Annual report of the Punjab Veterinary College and of the Civil Veterinary Department, Punjab - 1926-1932
Year: 1926
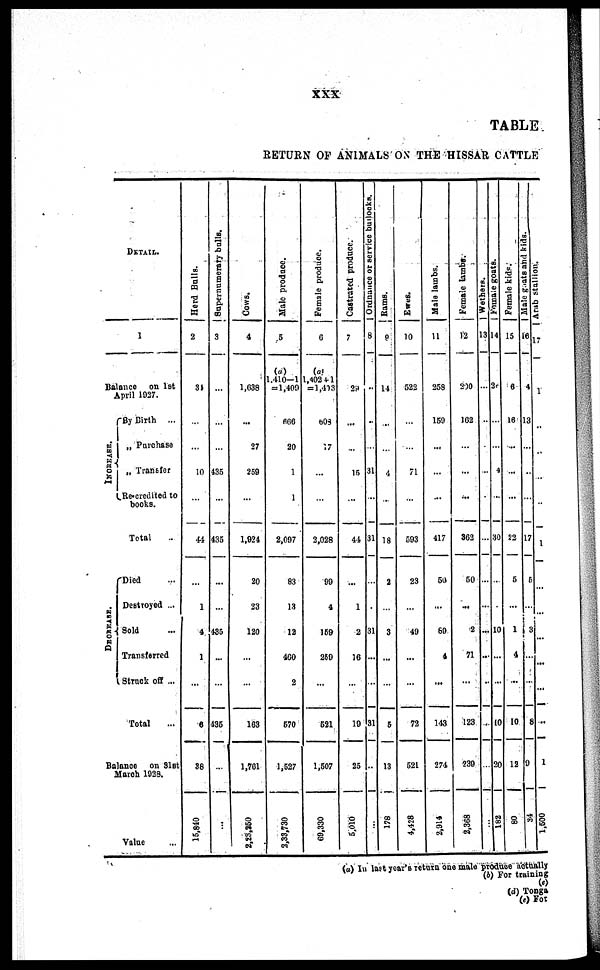
xxx
TABLE
RETURN OF ANIMALS ON THE HISSAR CATTLE
DETAIL.
1
Balance on 1st
April 1927.
INCREASE.
By Birth ...
„ Purchase
„ Transfer
Re-credited to
books.
Total ...
DECREASE.
Died ...
Destroyed ...
Sold ...
Transferred
Struck off ...
Total ...
Balance on 31st
March 1928.
Value ...
Herd Bulls.
2
34
...
...
10
...
44
...
1
4
1
...
6
38
15,840
Supernumerary bulls.
3
...
...
...
435
...
435
...
...
435
...
...
435
...
...
Cows.
4
1,638
...
27
259
...
1,924
20
23
120
...
...
163
1,761
2,23,250
Male produce.
5
(a)
1,410—1
= 1,409
666
20
1
1
2,097
83
13
12
460
2
570
1,527
2,33,730
Female produce.
6
(a)
1,402 +1
= 1,403
608
17
...
...
2,028
99
4
159
259
...
521
1,507
69,330
Castrated produce.
7
29
...
...
15
...
44
...
1
2
16
...
19
25
5,010
Ordnance or service bullocks.
8
...
...
...
31
...
31
...
...
31
...
...
31
...
...
Rams.
9
14
...
...
4
...
18
2
...
3
...
...
5
13
178
Ewes.
10
522
...
...
71
...
593
23
...
49
...
...
72
521
4,428
Male lambs.
11
258
159
...
...
...
417
50
...
89
4
...
143
274
2,914
Female lambs.
12
200
162
...
...
...
362
50
...
2
71
...
123
239
2,368
Wethers.
13
...
...
...
...
...
...
...
...
...
...
...
...
...
...
Female goats.
14
20
...
...
4
...
30
...
...
10
...
...
10
20
182
Female kids.
15
6
16
...
...
...
22
5
...
1
4
...
10
12
80
Male goats
and kids.
16
4
13
...
...
...
17
5
...
3
...
...
8
9
34
Arab stallion.
17
1
...
...
...
...
1
...
...
...
...
...
...
1
1,500
(a) In last year's return one male produce actually
(b) For training
(c)
(d) Tonga
(e) For